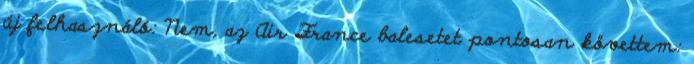
új felhasználó: Nem, az Air France balesetet pontosan követtem: